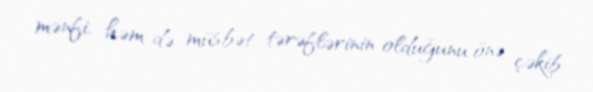
mənfi, həm də müsbət tərəflərinin olduğunu önə çəkib.